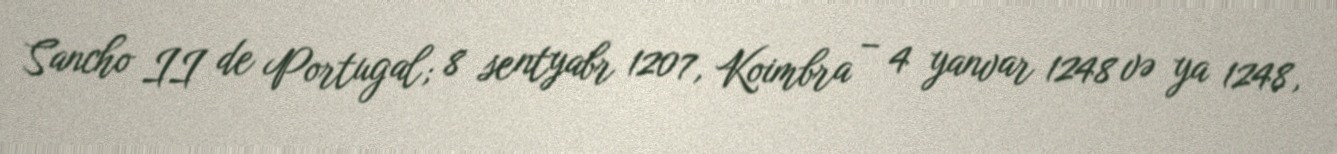
Sancho II de Portugal; 8 sentyabr 1207, Koimbra – 4 yanvar 1248 və ya 1248,